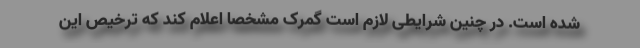
شده است. در چنین شرایطی لازم است گمرک مشخصا اعلام کند که ترخیص این